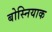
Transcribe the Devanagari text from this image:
बोस्नियाक